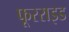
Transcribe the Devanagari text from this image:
फूरराइड